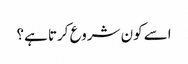
اسے کون شروع کرتا ہے؟